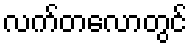
လက်တလောတွင်